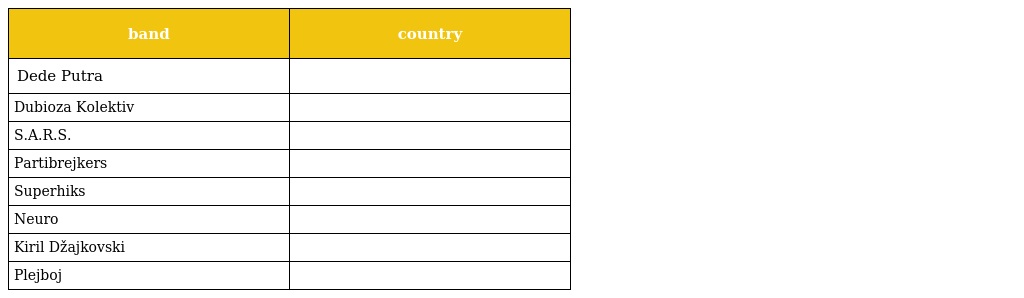
| band | country |
 | --- | --- |
 | Dede Putra |  |
 | Dubioza Kolektiv |  |
 | S.A.R.S. |  |
 | Partibrejkers |  |
 | Superhiks |  |
 | Neuro |  |
 | Kiril Džajkovski |  |
 | Plejboj |  |